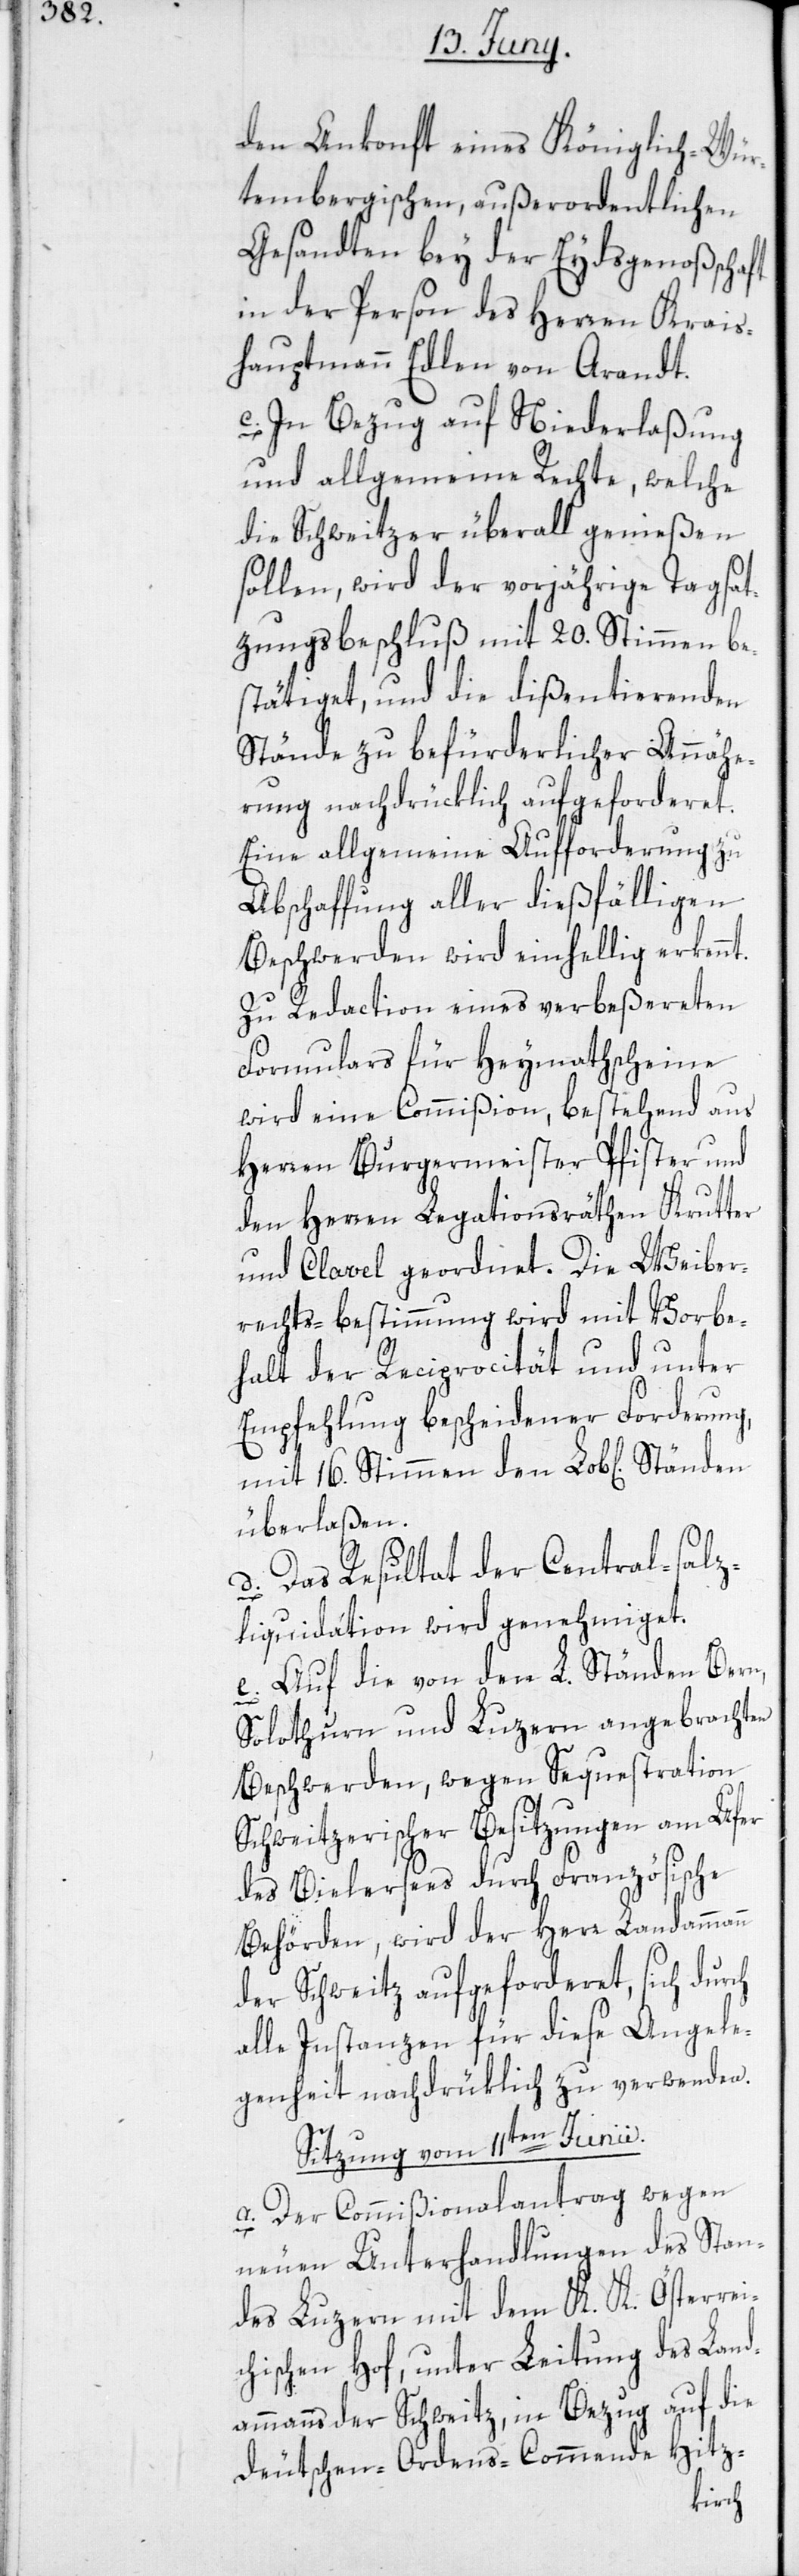
t.

den Ankonft eines Königlich-Wür¬
tembergischen, außerordentlichen
Gesandten bey der Eydsgenoßschaft
in der Person des Herren Krais¬
hauptmann Edlen von Arandt.
c. In Bezug auf Niederlaßung
und allgemeine Rechte, welche
die Schweitzer überall genießen
sollen, wird der vorjährige Tagsat¬
zungsbeschluß mit 20. Stimmen be¬
stätiget, und die dißentierenden
Stände zu befürderlicher Annähe¬
rung nachdrücklich aufgeforderet.
Eine allgemeine Aufforderung zu
Abschaffung aller dießfälligen
Beschwerden wird einhellig erkenn¬
Zu Redaction eines verbeßereten
Formulars für Heymathscheine
wird eine Commißion, bestehend aus
Herren Burgermeister Pfister und
den Herren Legationsräthen Krutter
und Clavel geordnet. Die Weiber¬
rechts-bestimmung wird mit Vorbe¬
halt der Reciprocität und unter
Empfehlung bescheidener Forderung,
mit 16. Stimmen den Lob[lichen]
überlaßen.
d. Das Resultat der Central-salz¬
liquidation wird genehmiget.
e. Auf die von den L. Ständen Bern,
Solothurn und Luzern angebrachten
Beschwerden, wegen Sequestration
Schweitzerischer Besitzungen am Ufer
des Bielersees durch Französische
Behörden, wird der Herr Landammann
der Schweitz aufgeforderet, sich durch
alle Instanzen für diese Angele¬
genheit nachdrücklich zu verwenden.
Sitzung vom 11ten Junii.
a. Der Commißionalantrag wegen
neuen Unterhandlungen des Stan¬
des Luzern mit dem K. K. Österrei¬
chischen Hof, unter Leitung des Land¬
ammanns der Schweitz, in Bezug auf die
Deutschen-Ordens-Commende Hitz-